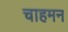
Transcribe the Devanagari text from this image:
चाहमन